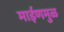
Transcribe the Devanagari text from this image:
माईणमुळ